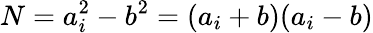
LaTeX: N=a_{i}^{2}-b^{2}=(a_{i}+b)(a_{i}-b)